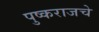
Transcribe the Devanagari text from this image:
पुष्कराजचे